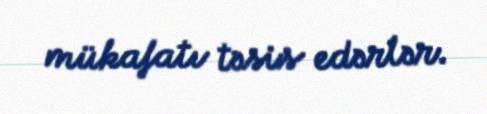
mükafatı təsis edərlər.